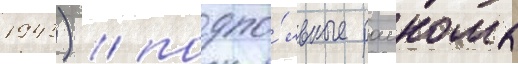
1943) / подпо́льные раикомы